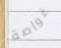
غواصة